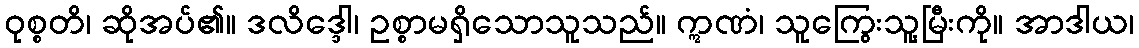
ဝုစ္စတိ၊ ဆိုအပ်၏။ ဒလိဒ္ဒေါ၊ ဥစ္စာမရှိသောသူသည်။ ဣဏံ၊ သူကြွေးသူ့မြီးကို။ အာဒါယ၊